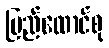
ပြည်ထောင်စု